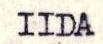
IIDA